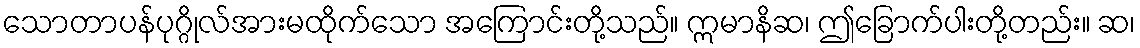
သောတာပန်ပုဂ္ဂိုလ်အားမထိုက်သော အကြောင်းတို့သည်။ ဣမာနိဆ၊ ဤခြောက်ပါးတို့တည်း။ ဆ၊